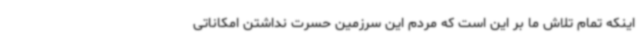
اینکه تمام تلاش ما بر این است که مردم این سرزمین حسرت نداشتن امکاناتی